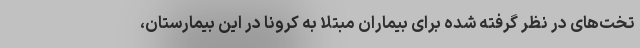
تخت‌های در نظر گرفته شده برای بیماران مبتلا به کرونا در این بیمارستان،